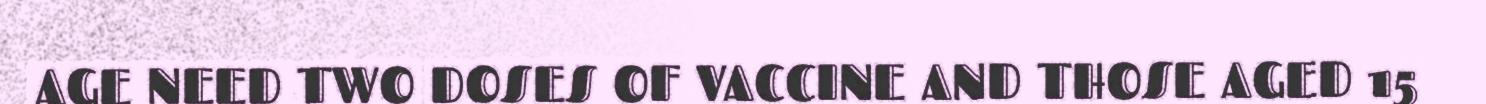
AGE NEED TWO DOSES OF VACCINE AND THOSE AGED 15